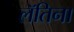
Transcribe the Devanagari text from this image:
लॅतिना